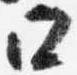
口